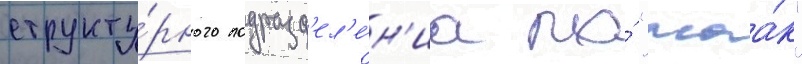
структу́рного подразд'ел'е́н'иа по́ "маа́к"